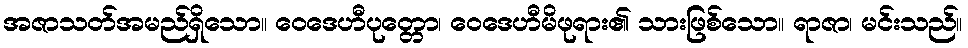
အဇာသတ်အမည်ရှိသော။ ဝေဒေဟီပုတ္တော၊ ဝေဒေဟီမိဖုရား၏ သားဖြစ်သော။ ရာဇာ၊ မင်းသည်။